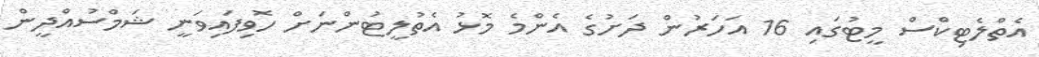
އެތްލެޓިކްސް މީޓުގައި 16 އަހަރުން ދަށުގެ އެންމެ މޮޅު އެތުލީޓުންނަށް ހޮވިފައިވަނީ ޝަމްސުއްދީން